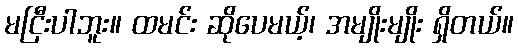
မငြီးပါဘူး။ ထမင်း ဆိုပေမယ့်၊ အမျိုးမျိုး ရှိတယ်။